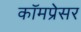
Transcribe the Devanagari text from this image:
कॉमप्रेसर